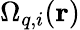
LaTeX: \Omega_{q,i}(\mathbf{r})